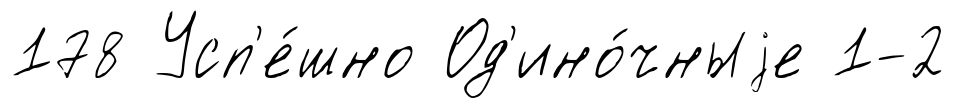
178 Усп'е́шно Од'ино́чныjе 1-2